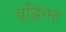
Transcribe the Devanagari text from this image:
वृद्घिंगत